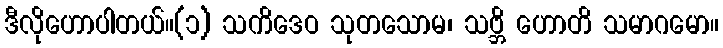
ဒီလိုဟောပါတယ်။(၁) သကိဒေဝ သုတသောမ၊ သဗ္ဘိ ဟောတိ သမာဂမော။